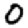
Digit: 0